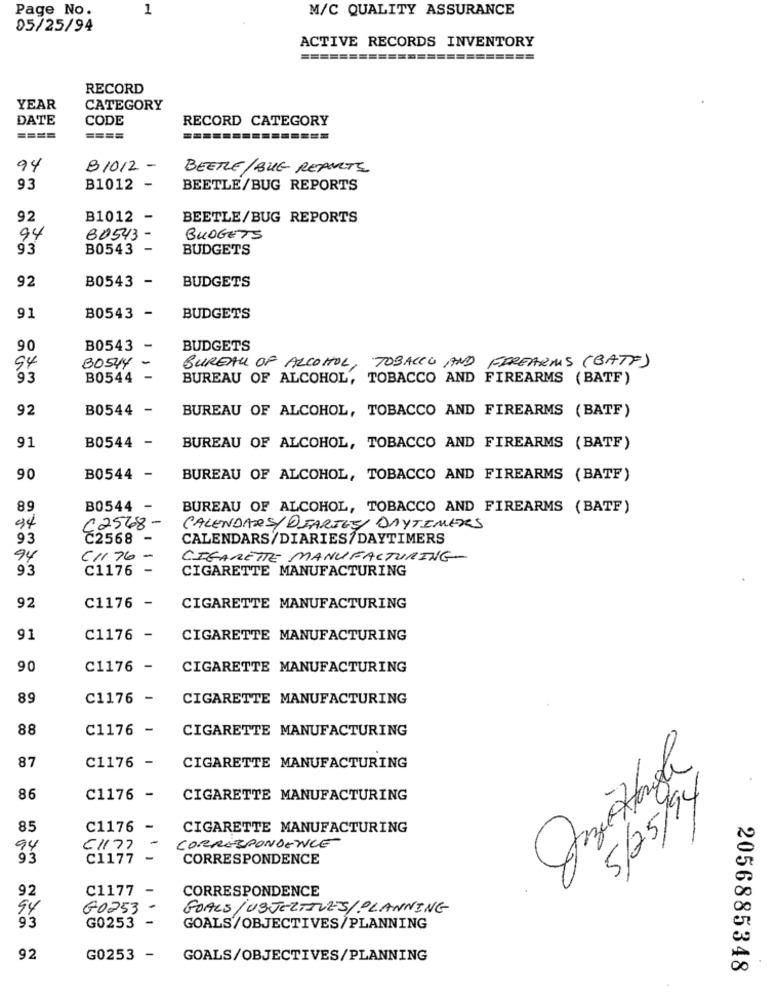
Page No.
1
M/C QUALITY ASSURANCE
05/25/94
ACTIVE RECORDS INVENTORY
RECORD
YEAR
CATEGORY
DATE
CODE
RECORD CATEGORY
====
====
94
B1012 -
BEETLE/ BUG REAULTS
93
B1012 -
BEETLE/BUG REPORTS
92
B1012 -
BEETLE/BUG REPORTS
94
80543-
BUDGETS
93
B0543
BUDGETS
92
B0543 -
BUDGETS
91
B0543 -
BUDGETS
90
B0543 -
BUDGETS
BO544 -
BUREAU OF ALCOHOL, TOBACCO AND FIREARMS (BATF)
94
93
B0544 -
BUREAU OF ALCOHOL, TOBACCO AND FIREARMS (BATF)
92
B0544 -
BUREAU OF ALCOHOL, TOBACCO AND FIREARMS (BATF)
91
B0544 -
BUREAU OF ALCOHOL, TOBACCO AND FIREARMS (BATF)
90
B0544 -
BUREAU OF ALCOHOL, TOBACCO AND FIREARMS (BATF)
89
B0544 -
BUREAU OF ALCOHOL, TOBACCO AND FIREARMS (BATF)
94
C2568 -
CALENDARS/DIARIES/ DAYTIMERS
93
C2568
CALENDARS/DIARIES/DAYTIMERS
94
C1/76 -
CIGARETTE MANUFACTURING-
93
C1176
-
CIGARETTE MANUFACTURING
92
C1176 -
CIGARETTE MANUFACTURING
91
C1176 -
CIGARETTE MANUFACTURING
90
C1176 -
CIGARETTE MANUFACTURING
89
C1176 -
CIGARETTE MANUFACTURING
88
C1176 -
CIGARETTE MANUFACTURING
87
C1176 -
CIGARETTE MANUFACTURING
5/25/94
86
C1176 -
CIGARETTE MANUFACTURING
85
C1176 -
CIGARETTE MANUFACTURING
CORRESPONDENCE
94
C1177
-
93
C1177 -
CORRESPONDENCE
92
C1177
CORRESPONDENCE
-
94
GO253
GOALS/USJECTIVES/PLANNING
-
93
G0253
GOALS/OBJECTIVES/PLANNING
92
G0253 -
GOALS/OBJECTIVES/PLANNING
2056885348